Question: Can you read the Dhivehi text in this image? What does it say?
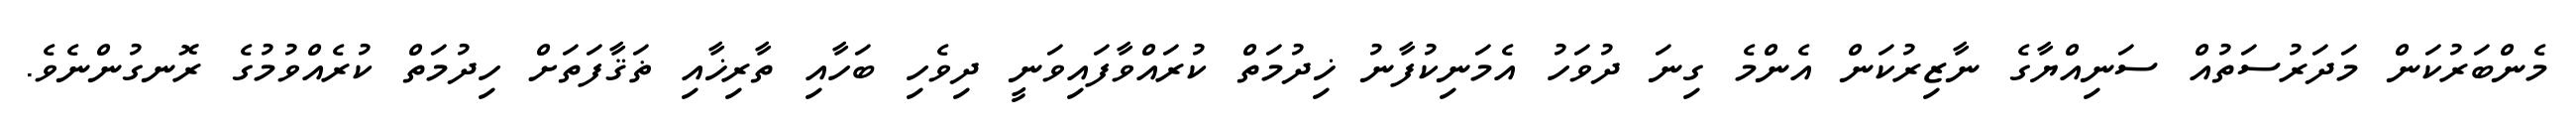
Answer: މެންބަރުކަން މަދަރުސަތުއް ސަނިއްޔާގެ ނާޒިރުކަން އެންމެ ގިނަ ދުވަހު އެމަނިކުފާނު ޚިދުމަތް ކުރައްވާފައިވަނީ ދިވެހި ބަހާއި ތާރިޚާއި ޡަޤާފަތަށް ހިދުމަތް ކުރެއްވުމުގެ ރޮނގުންނެވެ.